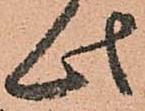
此